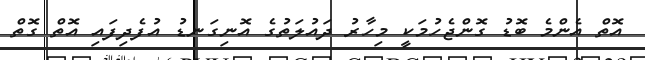
އޮތް އެންމެ ބޮޑު ގޮންޖެހުމަކީ މިހާރު ދައުލަތުގެ އޮނިގަނޑު އުފެދިފައި އޮތް ގޮތް